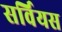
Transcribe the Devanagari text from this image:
सर्वियस